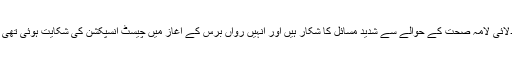
خیال رہے کہ 84 سالہ دلائی لامہ صحت کے حوالے سے شدید مسائل کا شکار ہیں اور انہیں رواں برس کے آغاز میں چیسٹ انسپکشن کی شکایت ہوئی تھی جو مزید بگڑی رہی ہے۔